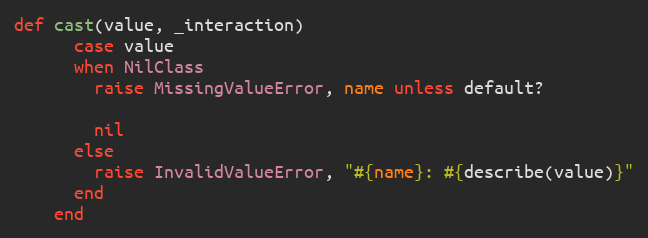
Language: Ruby
def cast(value, _interaction)
      case value
      when NilClass
        raise MissingValueError, name unless default?

        nil
      else
        raise InvalidValueError, "#{name}: #{describe(value)}"
      end
    end